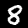
Digit: 8